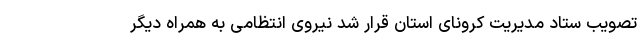
تصویب ستاد مدیریت کرونای استان قرار شد نیروی انتظامی به همراه دیگر